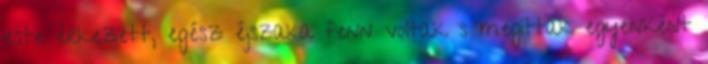
este érkezett, egész éjszaka fenn voltak s megittak egyenként